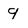
Character: 9